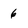
Character: 6